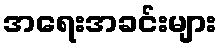
အရေးအခင်းများ